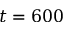
t = 6 0 0